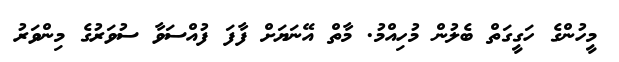
މީހުންގެ ހަގީގަތް ބެލުން މުހިއްމު. މާތް އޭނަޔަށް ފާފަ ފުއްސަވާ ސުވަރުގެ މިންވަރު